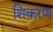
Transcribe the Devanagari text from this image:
शिकरण